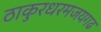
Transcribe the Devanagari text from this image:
ठाकुरधरमजयगढ